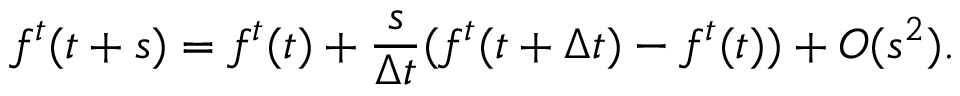
f ^ { t } ( t + s ) = f ^ { t } ( t ) + \frac { s } { \Delta t } ( f ^ { t } ( t + \Delta t ) - f ^ { t } ( t ) ) + O ( s ^ { 2 } ) .